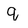
Character: q